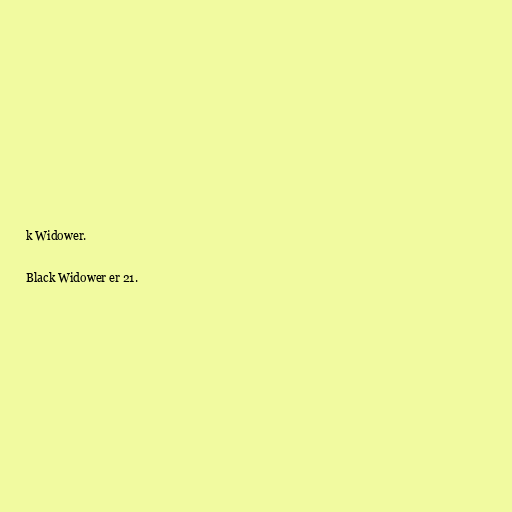
k Widower.

Black Widower er 21.